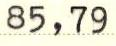
85,79